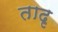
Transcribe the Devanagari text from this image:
तादृ